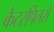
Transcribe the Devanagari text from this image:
कैटरपिलरों